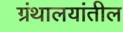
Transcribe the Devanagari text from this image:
ग्रंथालयांतील